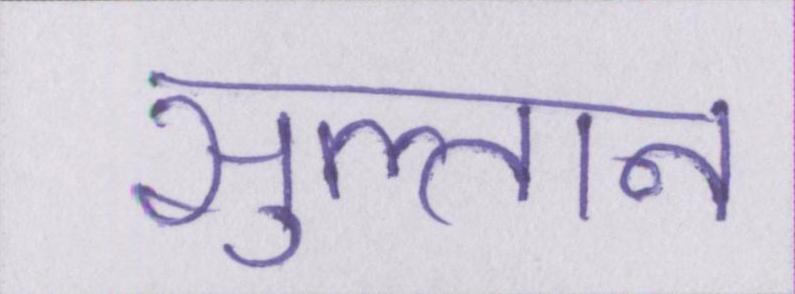
सुल्तान